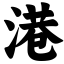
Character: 港